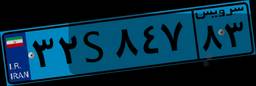
۶۹S۳۵۰۷۲